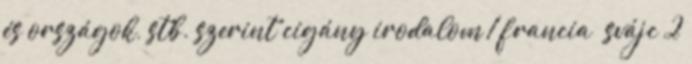
és országok, stb. szerint cigány irodalom 1 francia svájc 2